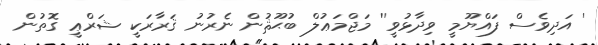
' އަދިވެސް ފައްޔޫމީ ވިދާޅުވީ'' މަޖްމަޢުލް ބުޙޫޘުން ނެރުނު ޤަރާރަކީ ޝަރްޢީ ގޮތުން